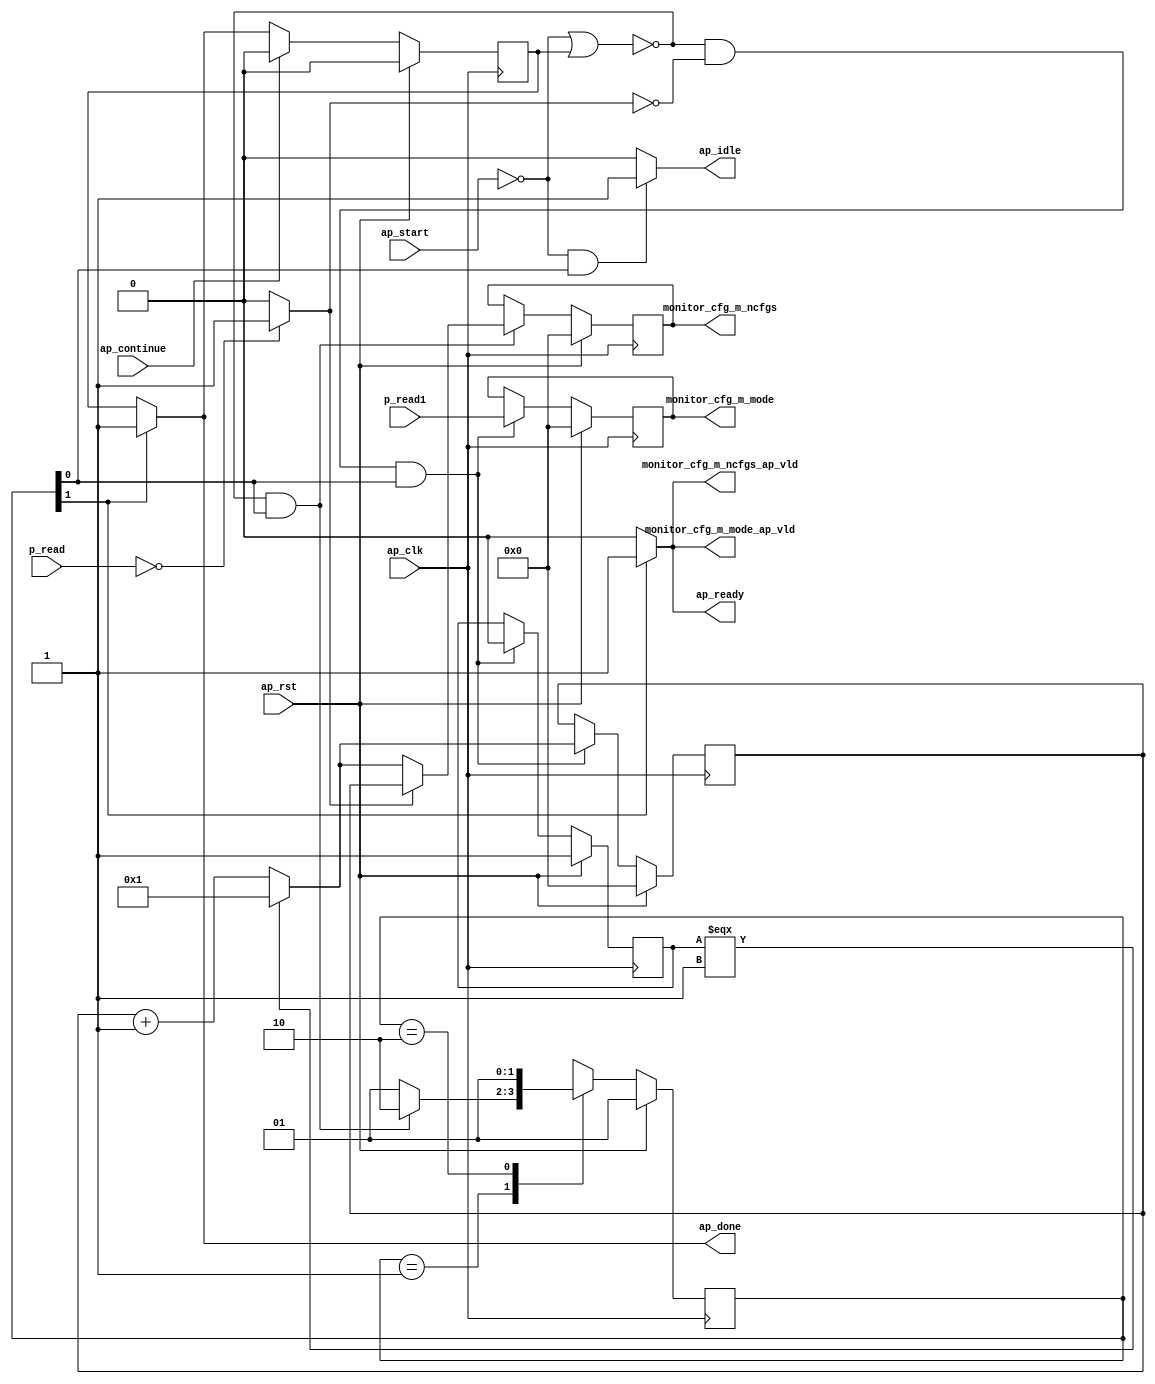
// ==============================================================
// RTL generated by Vivado(TM) HLS - High-Level Synthesis from C, C++ and SystemC
// Version: 2018.1
// Copyright (C) 1986-2018 Xilinx, Inc. All Rights Reserved.
// 
// ===========================================================

`timescale 1 ns / 1 ps 

module Block_proc204 (
        ap_clk,
        ap_rst,
        ap_start,
        ap_done,
        ap_continue,
        ap_idle,
        ap_ready,
        p_read,
        p_read1,
        monitor_cfg_m_mode,
        monitor_cfg_m_mode_ap_vld,
        monitor_cfg_m_ncfgs,
        monitor_cfg_m_ncfgs_ap_vld
);

parameter    ap_ST_fsm_state1 = 2'd1;
parameter    ap_ST_fsm_state2 = 2'd2;

input   ap_clk;
input   ap_rst;
input   ap_start;
output   ap_done;
input   ap_continue;
output   ap_idle;
output   ap_ready;
input  [31:0] p_read;
input  [31:0] p_read1;
output  [31:0] monitor_cfg_m_mode;
output   monitor_cfg_m_mode_ap_vld;
output  [31:0] monitor_cfg_m_ncfgs;
output   monitor_cfg_m_ncfgs_ap_vld;

reg ap_done;
reg ap_idle;
reg ap_ready;
reg monitor_cfg_m_mode_ap_vld;
reg monitor_cfg_m_ncfgs_ap_vld;

reg    ap_done_reg;
(* fsm_encoding = "none" *) reg   [1:0] ap_CS_fsm;
wire    ap_CS_fsm_state1;
reg   [31:0] lclMonitorCfg_m_ncfg;
reg   [0:0] First_1;
reg   [31:0] lclMonitorCfg_m_mode;
reg    ap_block_state1;
wire   [31:0] p_tmp_i_fu_80_p3;
wire   [0:0] tmp_i_fu_60_p2;
reg   [31:0] gbl_m_ncfgs_write_as_reg_50;
wire    ap_CS_fsm_state2;
wire   [31:0] tmp_i_257_fu_74_p2;
reg   [1:0] ap_NS_fsm;
reg    ap_condition_40;

// power-on initialization
initial begin
#0 ap_done_reg = 1'b0;
#0 ap_CS_fsm = 2'd1;
#0 lclMonitorCfg_m_ncfg = 32'd0;
#0 First_1 = 1'd1;
#0 lclMonitorCfg_m_mode = 32'd0;
#0 gbl_m_ncfgs_write_as_reg_50 = 32'd0;
end

always @ (posedge ap_clk) begin
    if (ap_rst == 1'b1) begin
        First_1 <= 1'd1;
    end else begin
        if ((~((ap_start == 1'b0) | (ap_done_reg == 1'b1)) & (tmp_i_fu_60_p2 == 1'd0) & (1'b1 == ap_CS_fsm_state1))) begin
            First_1 <= 1'd0;
        end
    end
end

always @ (posedge ap_clk) begin
    if (ap_rst == 1'b1) begin
        ap_CS_fsm <= ap_ST_fsm_state1;
    end else begin
        ap_CS_fsm <= ap_NS_fsm;
    end
end

always @ (posedge ap_clk) begin
    if (ap_rst == 1'b1) begin
        ap_done_reg <= 1'b0;
    end else begin
        if ((ap_continue == 1'b1)) begin
            ap_done_reg <= 1'b0;
        end else if ((1'b1 == ap_CS_fsm_state2)) begin
            ap_done_reg <= 1'b1;
        end
    end
end

always @ (posedge ap_clk) begin
    if (ap_rst == 1'b1) begin
        gbl_m_ncfgs_write_as_reg_50 <= 32'd0;
    end else begin
        if ((1'b1 == ap_condition_40)) begin
            if ((tmp_i_fu_60_p2 == 1'd0)) begin
                gbl_m_ncfgs_write_as_reg_50 <= p_tmp_i_fu_80_p3;
            end else if ((tmp_i_fu_60_p2 == 1'd1)) begin
                gbl_m_ncfgs_write_as_reg_50 <= lclMonitorCfg_m_ncfg;
            end
        end
    end
end

always @ (posedge ap_clk) begin
    if (ap_rst == 1'b1) begin
        lclMonitorCfg_m_mode <= 32'd0;
    end else begin
        if ((~((ap_start == 1'b0) | (ap_done_reg == 1'b1)) & (tmp_i_fu_60_p2 == 1'd0) & (1'b1 == ap_CS_fsm_state1))) begin
            lclMonitorCfg_m_mode <= p_read1;
        end
    end
end

always @ (posedge ap_clk) begin
    if (ap_rst == 1'b1) begin
        lclMonitorCfg_m_ncfg <= 32'd0;
    end else begin
        if ((~((ap_start == 1'b0) | (ap_done_reg == 1'b1)) & (tmp_i_fu_60_p2 == 1'd0) & (1'b1 == ap_CS_fsm_state1))) begin
            lclMonitorCfg_m_ncfg <= p_tmp_i_fu_80_p3;
        end
    end
end

always @ (*) begin
    if ((1'b1 == ap_CS_fsm_state2)) begin
        ap_done = 1'b1;
    end else begin
        ap_done = ap_done_reg;
    end
end

always @ (*) begin
    if (((ap_start == 1'b0) & (1'b1 == ap_CS_fsm_state1))) begin
        ap_idle = 1'b1;
    end else begin
        ap_idle = 1'b0;
    end
end

always @ (*) begin
    if ((1'b1 == ap_CS_fsm_state2)) begin
        ap_ready = 1'b1;
    end else begin
        ap_ready = 1'b0;
    end
end

always @ (*) begin
    if ((1'b1 == ap_CS_fsm_state2)) begin
        monitor_cfg_m_mode_ap_vld = 1'b1;
    end else begin
        monitor_cfg_m_mode_ap_vld = 1'b0;
    end
end

always @ (*) begin
    if ((1'b1 == ap_CS_fsm_state2)) begin
        monitor_cfg_m_ncfgs_ap_vld = 1'b1;
    end else begin
        monitor_cfg_m_ncfgs_ap_vld = 1'b0;
    end
end

always @ (*) begin
    case (ap_CS_fsm)
        ap_ST_fsm_state1 : begin
            if ((~((ap_start == 1'b0) | (ap_done_reg == 1'b1)) & (1'b1 == ap_CS_fsm_state1))) begin
                ap_NS_fsm = ap_ST_fsm_state2;
            end else begin
                ap_NS_fsm = ap_ST_fsm_state1;
            end
        end
        ap_ST_fsm_state2 : begin
            ap_NS_fsm = ap_ST_fsm_state1;
        end
        default : begin
            ap_NS_fsm = 'bx;
        end
    endcase
end

assign ap_CS_fsm_state1 = ap_CS_fsm[32'd0];

assign ap_CS_fsm_state2 = ap_CS_fsm[32'd1];

always @ (*) begin
    ap_block_state1 = ((ap_start == 1'b0) | (ap_done_reg == 1'b1));
end

always @ (*) begin
    ap_condition_40 = (~((ap_start == 1'b0) | (ap_done_reg == 1'b1)) & (1'b1 == ap_CS_fsm_state1));
end

assign monitor_cfg_m_mode = lclMonitorCfg_m_mode;

assign monitor_cfg_m_ncfgs = gbl_m_ncfgs_write_as_reg_50;

assign p_tmp_i_fu_80_p3 = ((First_1[0:0] === 1'b1) ? 32'd1 : tmp_i_257_fu_74_p2);

assign tmp_i_257_fu_74_p2 = (lclMonitorCfg_m_ncfg + 32'd1);

assign tmp_i_fu_60_p2 = ((p_read == 32'd0) ? 1'b1 : 1'b0);

endmodule //Block_proc204